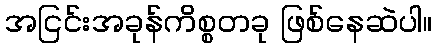
အငြင်းအခုန်ကိစ္စတခု ဖြစ်နေဆဲပါ။